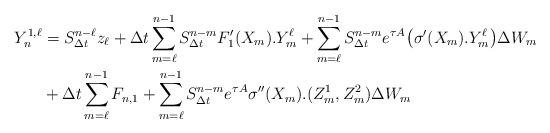
LaTeX: \begin{align*}Y_{n}^{1,\ell}&=S_{\Delta t}^{n-\ell}z_\ell+\Delta t\sum_{m=\ell}^{n-1}S_{\Delta t}^{n-m}F_1'(X_m).Y_{m}^{\ell}+ \sum_{m=\ell}^{n-1}S_{\Delta t}^{n-m}e^{\tau A}\bigl(\sigma'(X_m).Y_{m}^{\ell}\bigr)\Delta W_m\\&+\Delta t\sum_{m=\ell}^{n-1}F_{n,1}+\sum_{m=\ell}^{n-1}S_{\Delta t}^{n-m}e^{\tau A}\sigma''(X_m).(Z_m^1,Z_m^2) \Delta W_m\end{align*}